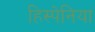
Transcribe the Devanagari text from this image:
हिस्पेनिया